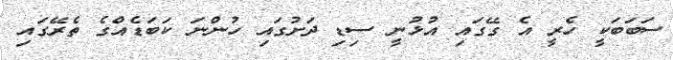
ސަބަބަކީ ހެރީ އެ ގޭގައި އުޅުނީ ސިޑި ދަށުގައި ހުންނަ ކަބަޑެއްގެ ތެރޭގައި